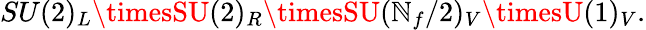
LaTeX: SU(2)_{L}\timesSU(2)_{R}\timesSU(\mathbb{N}_{f}/2)_{V}\timesU(1)_{V}.